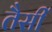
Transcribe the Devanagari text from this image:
तैसीं